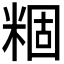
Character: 𬖢